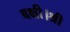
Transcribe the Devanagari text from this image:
बक्षी।श्री